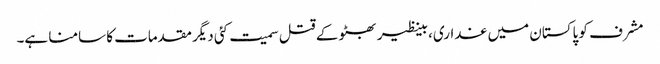
مشرف کو پاکستان میں غداری، بینظیر بھٹو کے قتل سمیت کئی دیگر مقدمات کا سامنا ہے۔